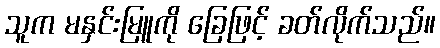
သူက မနှင်းမြူကို ခြေဖြင့် ခတ်လိုက်သည်။